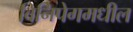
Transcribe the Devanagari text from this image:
विनिपेगमधील